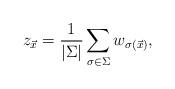
LaTeX: \begin{align*}z_{\vec{x}} = \frac{1}{|\Sigma|}\sum_{\sigma\in\Sigma} w_{\sigma(\vec{x})},\end{align*}